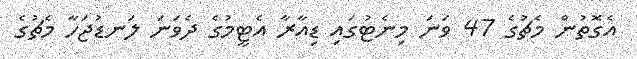
އެގޮތުން މެޗުގެ 47 ވަނަ މިނެޓުގައި ޑިއާރާ އެޓީމުގެ ދެވަނަ ލަނޑުޖަހާ މެޗުގެ